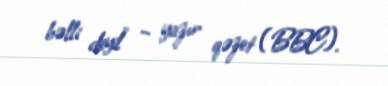
bəlli deyil” – yazır qəzet (BBC).